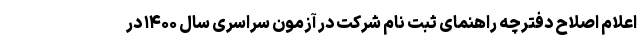
اعلام اصلاح دفترچه راهنمای ثبت نام شرکت در آزمون سراسری سال ۱۴۰۰ در